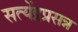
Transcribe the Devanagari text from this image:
सत्येंद्रप्रसन्न